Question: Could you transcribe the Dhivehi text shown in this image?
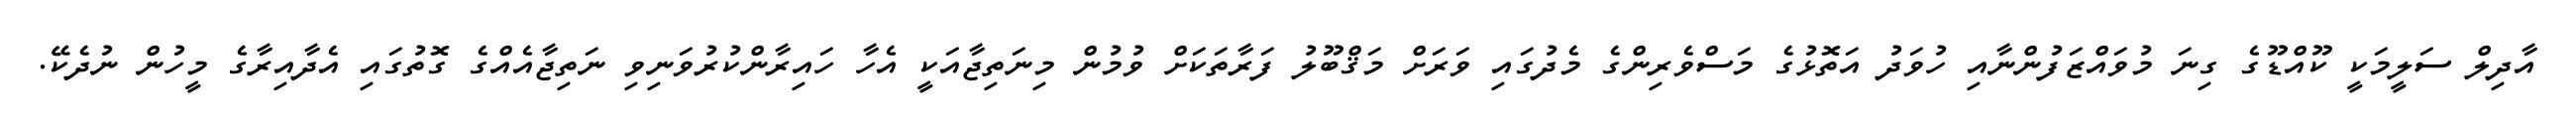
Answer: އާދިލް ސަލީމަކީ ކޫއްޑޫގެ ގިނަ މުވައްޒަފުންނާއި ހުވަދު އަތޮޅުގެ މަސްވެރިންގެ މެދުގައި ވަރަށް މަޤްބޫލު ފަރާތަކަށް ވުމުން މިނަތިޖާއަކީ އެހާ ހައިރާންކުރުވަނިވި ނަތިޖާއެއްގެ ގޮތުގައި އެދާއިރާގެ މީހުން ނުދެކޭ.